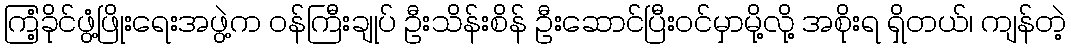
ကြံ့ခိုင်ဖွံ့ဖြိုးရေးအဖွဲ့က ဝန်ကြီးချုပ် ဦးသိန်းစိန် ဦးဆောင်ပြီးဝင်မှာမို့လို့ အစိုးရ ရှိတယ်၊ ကျန်တဲ့